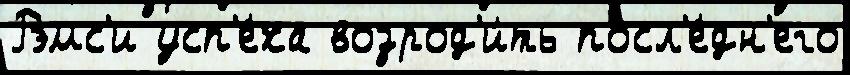
Рэмс'и усп'е́ха возрод'и́ть посл'е́дн'его